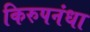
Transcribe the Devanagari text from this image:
किरुपनंधा